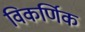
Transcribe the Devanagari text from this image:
विकर्णिक